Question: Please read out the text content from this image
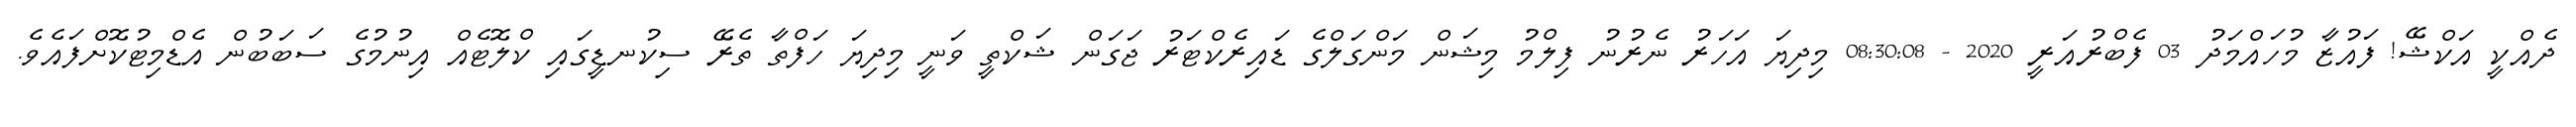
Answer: ދެއްކީ އަކްޝޭ! ފައުޒާ މުހައްމަދު 03 ފެބްރުއަރީ 2020 - 08:30:08 މިދިޔަ އަހަރު ނެރުނު ފިލްމު މިޝަން މަންގަލްގެ ޑައިރެކްޓަރު ޖަގަން ޝަކްތީ ވަނީ މިދިޔަ ހަފްތާ ތެރޭ ސިކުނޑީގައި ކްލޮޓެއް އިނުމުގެ ސަބަބުން އެޑްމިޓުކޮށްފައެވެ.